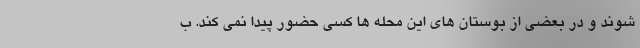
شوند و در بعضی از بوستان های این محله ها کسی حضور پیدا نمی کند. ب